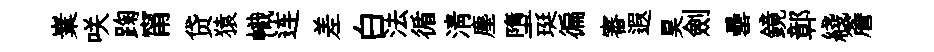
嶪咲踘甯贷猿幟连差白法循淸塵墮珽徧審遐昊劍罍鏡鄣綫簷